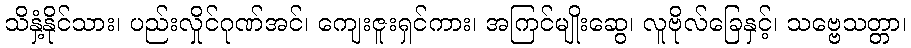
သိနှံ့နိုင်သား၊ ပည်းလှိုင်ဂုဏ်အင်၊ ကျေးဇူးရှင်ကား၊ အကြင်မျိုးဆွေ၊ လူဗိုလ်ခြေနှင့်၊ သဗ္ဗေသတ္တာ၊